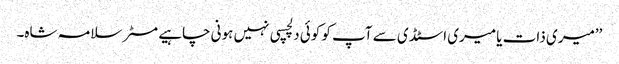
’’میری ذات یا میری اسٹڈی سے آپ کو کوئی دلچسپی نہیں ہونی چاہیے مسٹر سلامہ شاہ۔